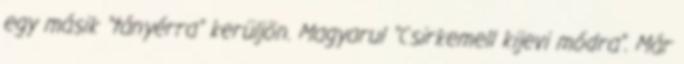
egy másik "tányérra" kerüljön. Magyarul "Csirkemell kijevi módra". Már